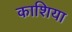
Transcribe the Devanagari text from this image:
काशिया